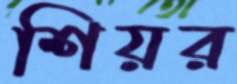
শিয়র